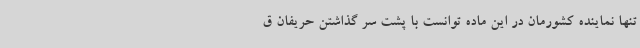
تنها نماینده کشورمان در این ماده توانست با پشت سر گذاشتن حریفان ق